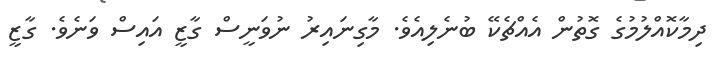
ދިމާކޮއްލުމުގެ ގޮތުން އެއްޗެކޭ ބުނެލިއެވެ. މާގިނައިރު ނުވަނީސް ގާޒީ އައިސް ވަނެވެ. ގާޒީ